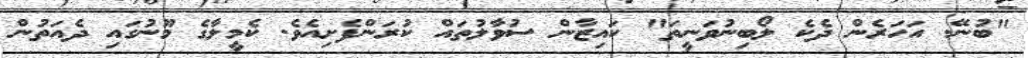
"ބުނޭ. އަހަރެން ދެކެ ލޯބިނުވަނީތަ" ކައިޒާން ސުވާލުތައް ކުރަންފެށިއެވެ. ކެމީލާގެ މޫނުގައި ދެއަތުން